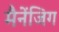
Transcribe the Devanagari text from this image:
मैनेंजिग